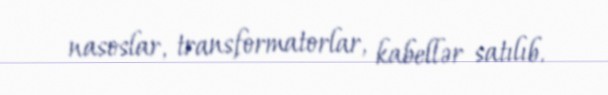
nasoslar, transformatorlar, kabellər satılıb.